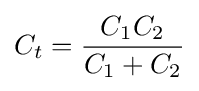
C_{t}={\frac {C_{1}C_{2}}{C_{1}+C_{2}}}